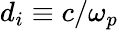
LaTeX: d_{i}\equiv c/\omega_{p}